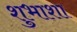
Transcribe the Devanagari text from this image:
शुभाशा